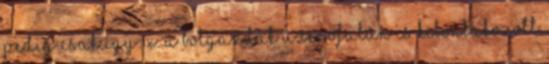
pedig csak így: X. A botgazdák üzenőfalán is kibontakozott